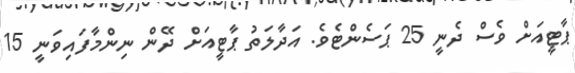
ޕާޓީއަށް ވެސް ދެނީ 25 ޕަސެންޓެވެ. އަދާލަތު ޕާޓީއަށް ދޭން ނިންމާފައިވަނީ 15